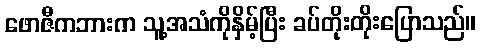
ဖောဇီကဘားက သူ့အသံကိုနှိမ့်ပြီး ခပ်တိုးတိုးပြောသည်။